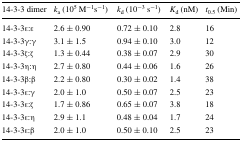
<table><thead><tr><td><b>14-3-3 dimer</b></td><td><b><i>k</i><sub>a</sub> (10<sup>5</sup> M<sup>−1</sup>s<sup>−1</sup>)</b></td><td><b><i>k</i><sub>d</sub> (10<sup>−3</sup> s<sup>−1</sup>)</b></td><td><b><i>K</i><sub>d</sub> (nM)</b></td><td><b><i>t</i><sub>0.5</sub> (Min)</b></td></tr></thead><tbody><tr><td>14-3-3ε:ε</td><td>2.6 ± 0.90</td><td>0.72 ± 0.10</td><td>2.8</td><td>16</td></tr><tr><td>14-3-3γ:γ</td><td>3.1 ± 1.5</td><td>0.94 ± 0.10</td><td>3.0</td><td>12</td></tr><tr><td>14-3-3ζ:ζ</td><td>1.3 ± 0.44</td><td>0.38 ± 0.07</td><td>2.9</td><td>30</td></tr><tr><td>14-3-3η:η</td><td>2.7 ± 0.80</td><td>0.44 ± 0.06</td><td>1.6</td><td>26</td></tr><tr><td>14-3-3β:β</td><td>2.2 ± 0.80</td><td>0.30 ± 0.02</td><td>1.4</td><td>38</td></tr><tr><td>14-3-3ε:γ</td><td>2.0 ± 1.0</td><td>0.50 ± 0.07</td><td>2.5</td><td>23</td></tr><tr><td>14-3-3ε:ζ</td><td>1.7 ± 0.86</td><td>0.65 ± 0.07</td><td>3.8</td><td>18</td></tr><tr><td>14-3-3ε:η</td><td>2.9 ± 1.1</td><td>0.48 ± 0.04</td><td>1.7</td><td>24</td></tr><tr><td>14-3-3ε:β</td><td>2.0 ± 1.0</td><td>0.50 ± 0.10</td><td>2.5</td><td>23</td></tr></tbody></table>